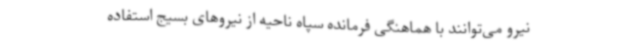
نیرو می‌توانند با هماهنگی فرمانده سپاه ناحیه از نیروهای بسیج استفاده